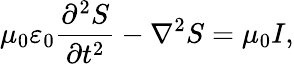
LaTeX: \mu_{0}\varepsilon_{0}\frac{\partial^{2}S}{\partial t^{2}}-\nabla^{2}S=\mu_{0}I,